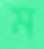
ম